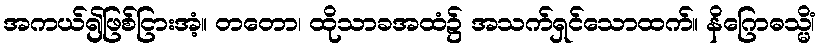
အကယ်၍ဖြစ်ငြားအံ့။ တတော၊ ထိုသာခအထံ၌ အသက်ရှင်သောထက်။ နိဂြောဓသ္မိံ၊